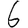
Digit: 6